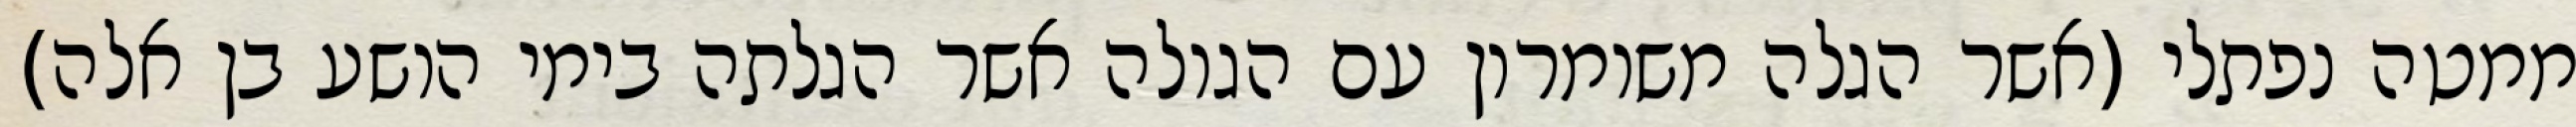
ממטה נפתלי (אשר הגלה משומרון עם הגולה אשר הגלתה בימי הושע בן אלה)